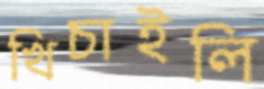
খিচাইলি